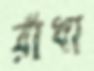
রাঁধা